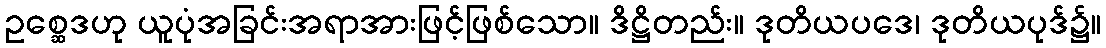
ဥစ္ဆေဒဟု ယူပုံအခြင်းအရာအားဖြင့်ဖြစ်သော။ ဒိဋ္ဌိတည်း။ ဒုတိယပဒေ၊ ဒုတိယပုဒ်၌။